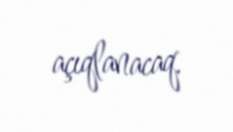
açıqlanacaq.